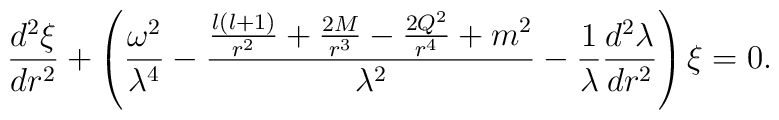
\frac{d^2\xi}{dr^2}+\left( \frac{\omega^2}{\lambda^4}-\frac{\frac{l(l+1)}{r^2}+\frac{2M}{r^3}-\frac{2Q^2}{r^4}+m^2}{\lambda^2}-\frac{1}{\lambda} \frac{d^2\lambda}{dr^2} \right)\xi=0.